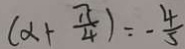
( x + \frac { \pi } { 4 } ) = - \frac { 4 } { 5 }